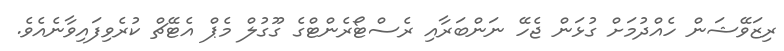
ރިޒަވޭޝަން ހެއްދުމަށް ގުޅަން ޖެހޭ ނަންބަރާއި ރެސްޓޯރެންޓްގެ ގޫގުލް މެޕް އެޓޭޗް ކުރެވިފައިވާނެއެވެ.